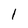
Character: 1